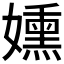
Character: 𫲊